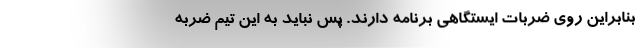
بنابراین روی ضربات ایستگاهی برنامه دارند. پس نباید به این تیم ضربه